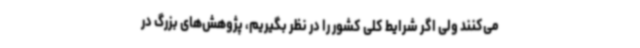
می‌کنند ولی اگر شرایط کلی کشور را در نظر بگیریم، پژوهش‌های بزرگ در